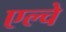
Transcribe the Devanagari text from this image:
एल्चे